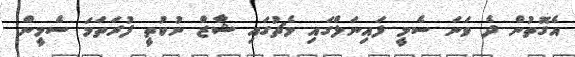
އެގޮތުން ދެ ވަނަ ސެމީ ފައިނަލްގައި މެޗުގައި ޝާޒް ނުކުތީ ފުރަތަމަ ސެމީން